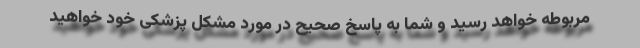
مربوطه خواهد رسید و شما به پاسخ صحیح در مورد مشکل پزشکی خود خواهید